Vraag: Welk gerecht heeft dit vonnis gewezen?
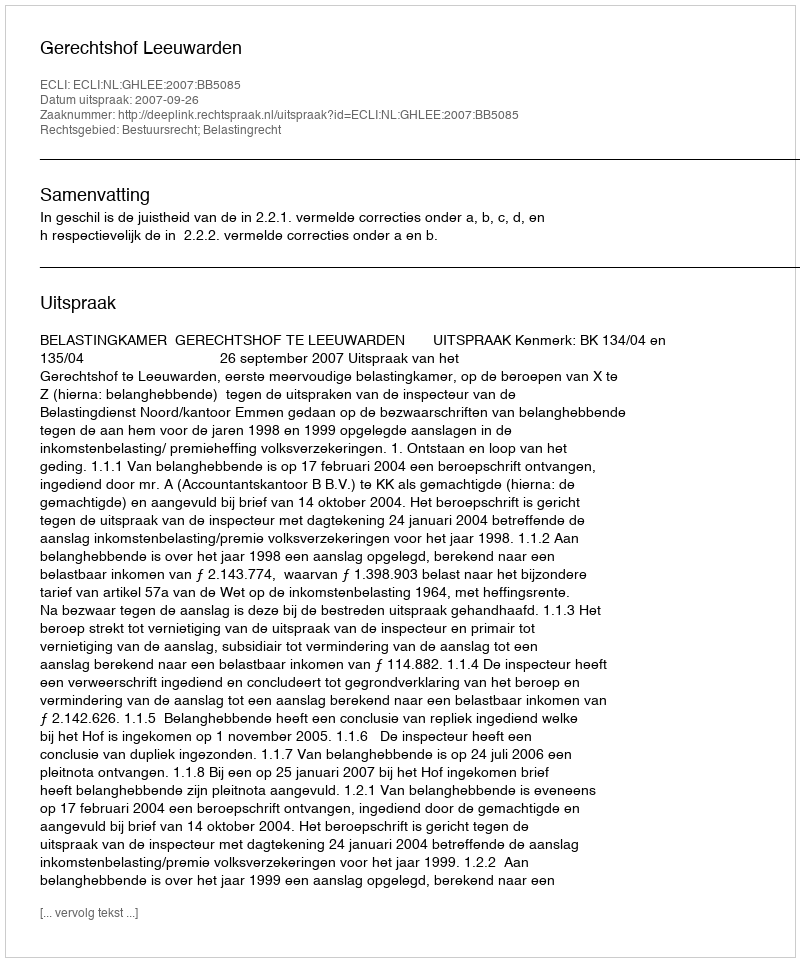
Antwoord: Gerechtshof Leeuwarden